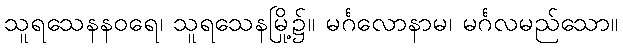
သူရသေနနဝရေ၊ သူရသေနမြို့၌။ မင်္ဂလောနာမ၊ မင်္ဂလမည်သော။